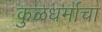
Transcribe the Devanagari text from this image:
कुळधर्माचा